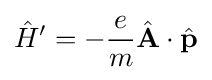
{\hat {H}}'=-{\frac {e}{m}}{\hat {\mathbf {A} }}\cdot {\hat {\mathbf {p} }}